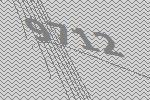
9712